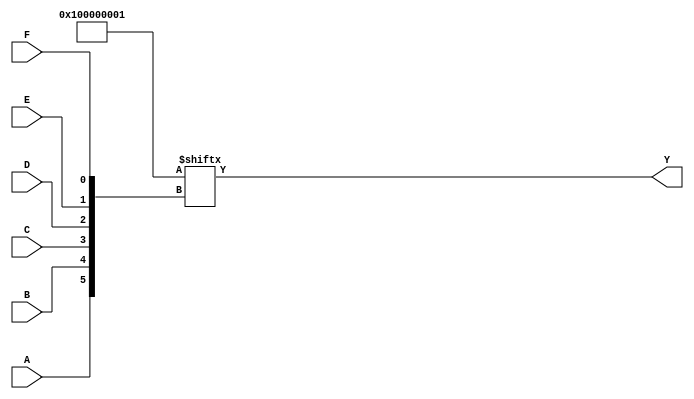
module six_variable_kmap (
    input wire A,
    input wire B,
    input wire C,
    input wire D,
    input wire E,
    input wire F,
    output wire Y
);

// K-map implementation
// The K-map is filled with the logic function values.
// For demonstration, let's assume the following K-map values:
// (This is just an example; you should replace it with your actual K-map values)
wire [63:0] kmap = {
    1, 0, 1, 1, 0, 0, 1, 0,
    1, 1, 1, 0, 0, 1, 0, 0,
    0, 1, 1, 1, 0, 0, 1, 1,
    0, 0, 0, 1, 1, 1, 0, 0,
    1, 0, 1, 0, 1, 1, 0, 1,
    0, 1, 0, 0, 1, 0, 1, 0,
    1, 1, 0, 0, 0, 1, 1, 1,
    0, 0, 0, 0, 1, 0, 1, 1
};

// Calculate the index for the K-map based on inputs
wire [5:0] index = {A, B, C, D, E, F};

// Output logic based on K-map values
assign Y = kmap[index];

endmodule